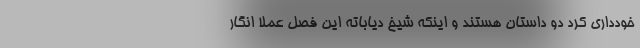
خودداری کرد دو داستان هستند و اینکه شیخ دیاباته این فصل عملاً انگار